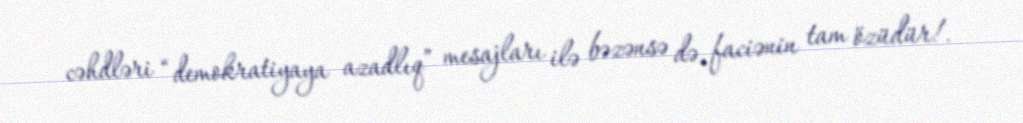
cəhdləri “demokratiyaya azadlıq” mesajları ilə bəzənsə də, faciənin tam özüdür!.